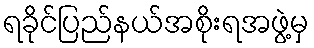
ရခိုင်ပြည်နယ်အစိုးရအဖွဲ့မှ